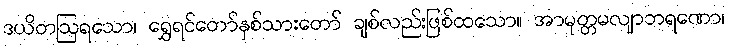
ဒယိတဩရသော၊ ရွှေရင်တော်နှစ်သားတော် ချစ်လည်းဖြစ်ထသော။ အာမုတ္တမလျာဘရဏော၊